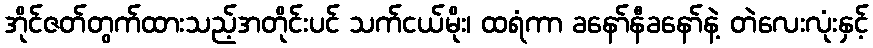
အိုင်ဇတ်တွက်ထားသည့်အတိုင်းပင် သက်ငယ်မိုး၊ ထရံကာ ခနော်နီခနော်နဲ့ တဲလေးလုံးနှင့်